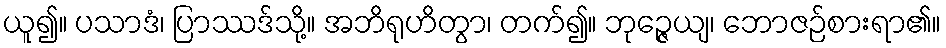
ယူ၍။ ပသာဒံ၊ ပြာဿဒ်သို့။ အဘိရုဟိတွာ၊ တက်၍။ ဘုဉ္ဇေယျ၊ ဘောဇဉ်စားရာ၏။